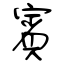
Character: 賓